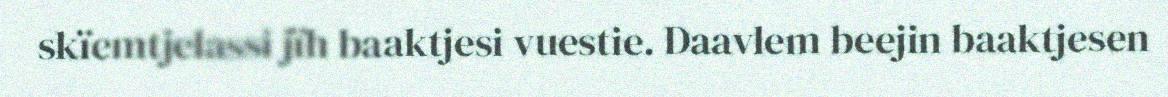
skïemtjelassi jïh baaktjesi vuestie. Daavlem beejin baaktjesen